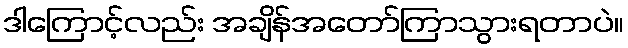
ဒါကြောင့်လည်း အချိန်အတော်ကြာသွားရတာပဲ။